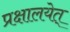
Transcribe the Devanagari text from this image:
प्रक्षालयेत्